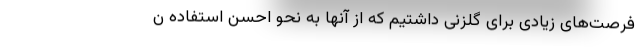
فرصت‌های زیادی برای گلزنی داشتیم که از آنها به نحو احسن استفاده ن